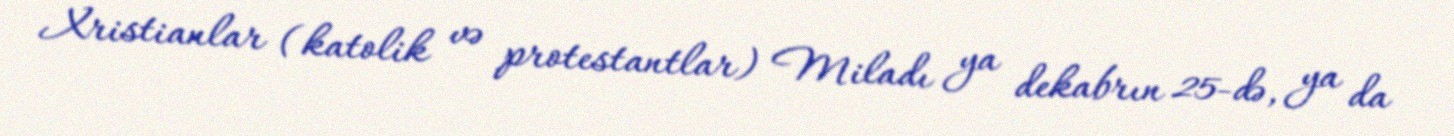
Xristianlar (katolik və protestantlar) Miladı ya dekabrın 25-də, ya da